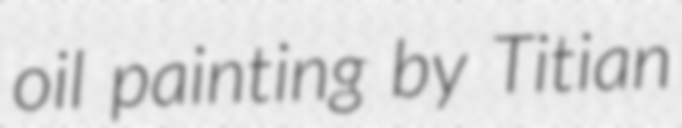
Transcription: oil painting by Titian